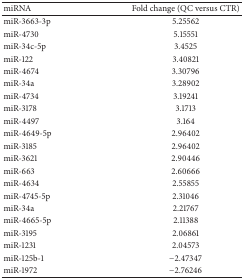
<table><thead><tr><td><b>miRNA</b></td><td><b>Fold change (QC versus CTR)</b></td></tr></thead><tbody><tr><td>miR-3663-3p</td><td>5.25562</td></tr><tr><td>miR-4730</td><td>5.15551</td></tr><tr><td>miR-34c-5p</td><td>3.4525</td></tr><tr><td>miR-122</td><td>3.40821</td></tr><tr><td>miR-4674</td><td>3.30796</td></tr><tr><td>miR-34a</td><td>3.28902</td></tr><tr><td>miR-4734</td><td>3.19241</td></tr><tr><td>miR-3178</td><td>3.1713</td></tr><tr><td>miR-4497</td><td>3.164</td></tr><tr><td>miR-4649-5p</td><td>2.96402</td></tr><tr><td>miR-3185</td><td>2.96402</td></tr><tr><td>miR-3621</td><td>2.90446</td></tr><tr><td>miR-663</td><td>2.60666</td></tr><tr><td>miR-4634</td><td>2.55855</td></tr><tr><td>miR-4745-5p</td><td>2.31046</td></tr><tr><td>miR-34a</td><td>2.21767</td></tr><tr><td>miR-4665-5p</td><td>2.11388</td></tr><tr><td>miR-3195</td><td>2.06861</td></tr><tr><td>miR-1231</td><td>2.04573</td></tr><tr><td>miR-125b-1</td><td>−2.47347</td></tr><tr><td>miR-1972</td><td>−2.76246</td></tr></tbody></table>